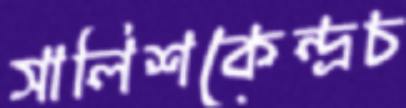
সালিশকেন্দ্রচ